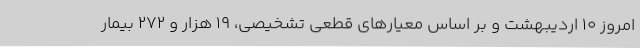
امروز ۱۰ اردیبهشت و بر اساس معیارهای قطعی تشخیصی، ۱۹ هزار و ۲۷۲ بیمار